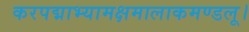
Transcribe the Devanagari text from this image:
करपद्माभ्यामक्षमालाकमण्डलू।